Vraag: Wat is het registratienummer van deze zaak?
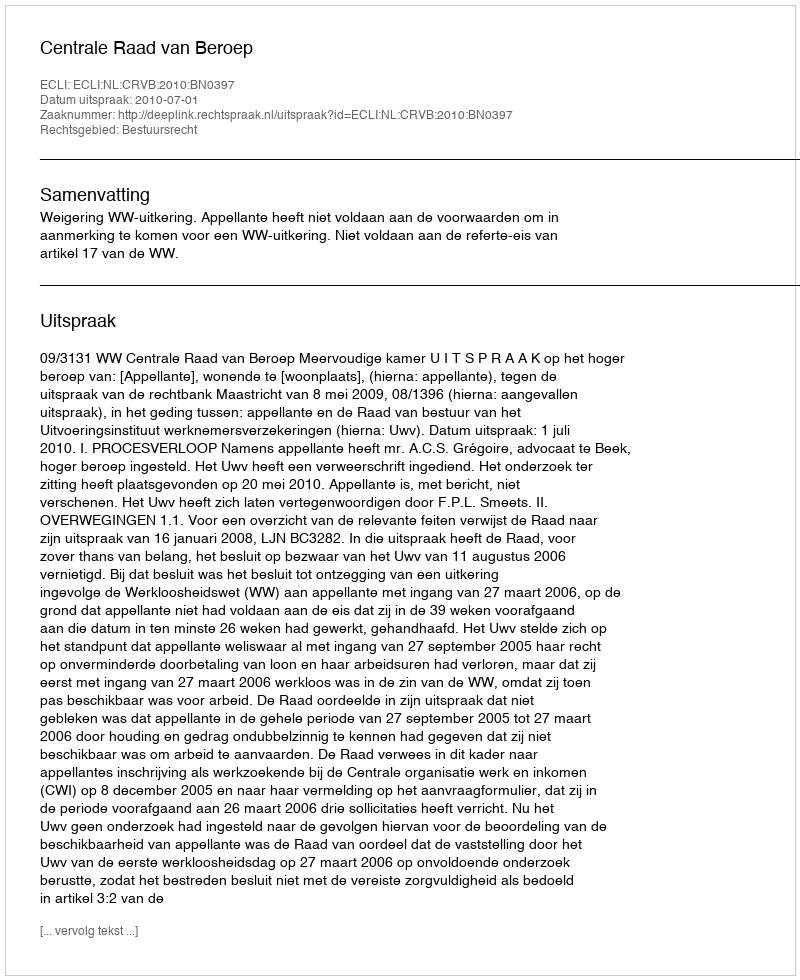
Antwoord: http://deeplink.rechtspraak.nl/uitspraak?id=ECLI:NL:CRVB:2010:BN0397